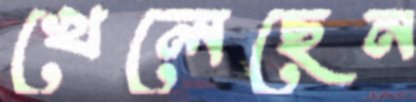
খেলেছেন